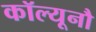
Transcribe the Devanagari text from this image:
कॉल्यूनौ